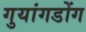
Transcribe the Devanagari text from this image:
गुयांगडोंग